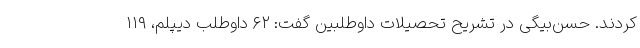
کردند. حسن‌بیگی در تشریح تحصیلات داوطلبین گفت: ۶۲ داوطلب دیپلم، ۱۱۹